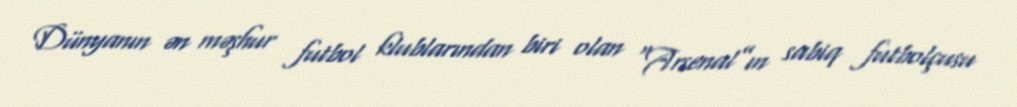
Dünyanın ən məşhur futbol klublarından biri olan “Arsenal”ın sabiq futbolçusu